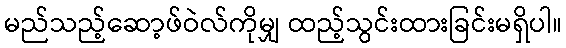
မည်သည့်ဆော့ဖ်ဝဲလ်ကိုမျှ ထည့်သွင်းထားခြင်းမရှိပါ။